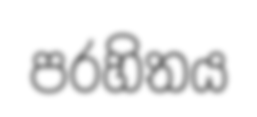
පරහිතය